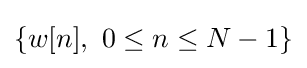
\{w[n],\ 0\leq n\leq N-1\}